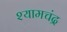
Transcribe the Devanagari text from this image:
श्यामचंद्र